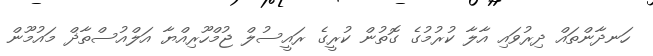
ހަނދާންތައް ދިރުވައި އާލާ ކުރުމުގެ ގޮތުން ކުރީގެ ރައީސުލް ޖުމްހޫރިއްޔާ އަލްއުސްތާޛް މައުމޫން